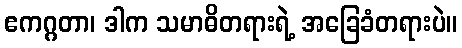
ဧကဂ္ဂတာ၊ ဒါက သမာဓိတရားရဲ့ အခြေခံတရားပဲ။